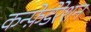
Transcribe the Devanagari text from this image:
कन्फ़ेडेरेशन